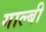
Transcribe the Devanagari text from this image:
गाल्बी